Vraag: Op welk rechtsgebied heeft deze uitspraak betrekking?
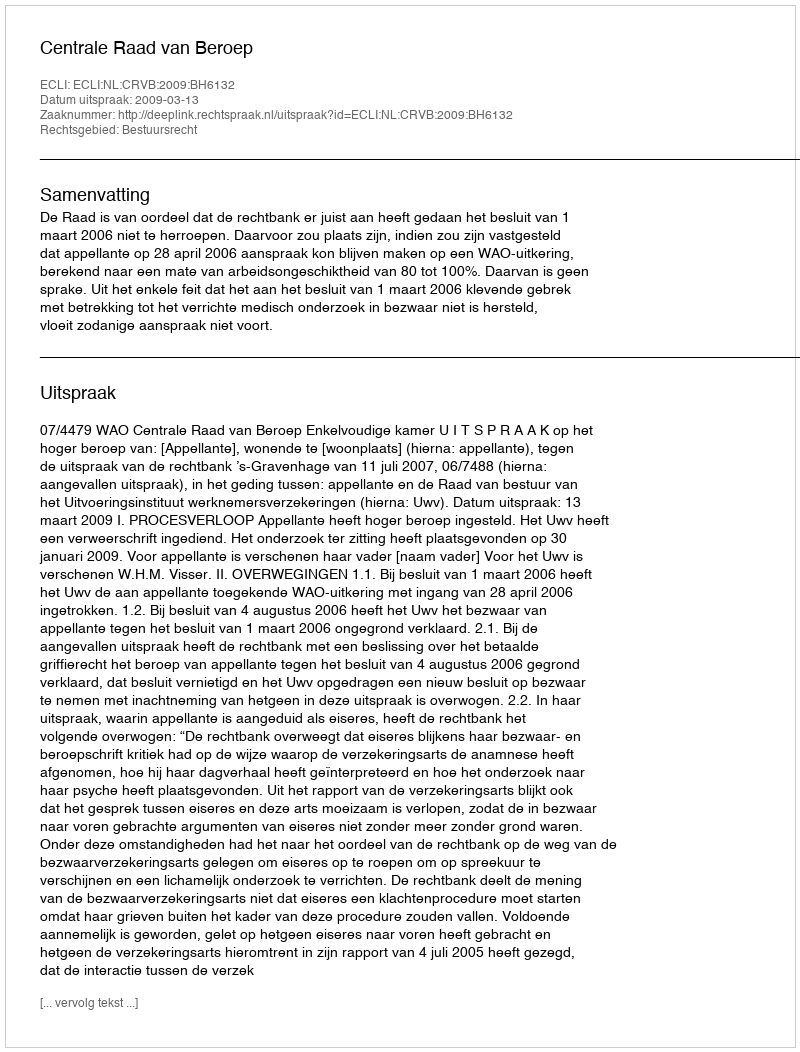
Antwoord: Bestuursrecht